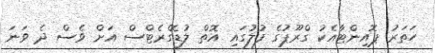
ހަތަރު ޕޮއިންޓާއެކު ގްރޫޕުގެ ފުލުގައި އޮތް ލުޑޮގްރެޓްސް އަށް ވެސް ދެ ވަނަ